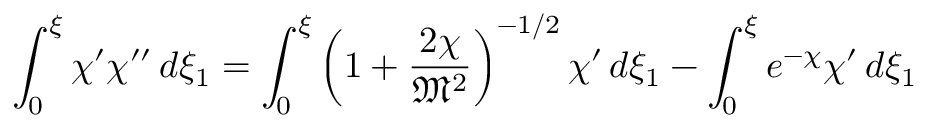
\int _ { 0 } ^ { \xi } \chi ^ { \prime } \chi ^ { \prime \prime } \, d \xi _ { 1 } = \int _ { 0 } ^ { \xi } \left( 1 + { \frac { 2 \chi } { { \mathfrak { M } } ^ { 2 } } } \right) ^ { - 1 / 2 } \chi ^ { \prime } \, d \xi _ { 1 } - \int _ { 0 } ^ { \xi } e ^ { - \chi } \chi ^ { \prime } \, d \xi _ { 1 }